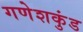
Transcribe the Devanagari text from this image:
गणेशकुंड